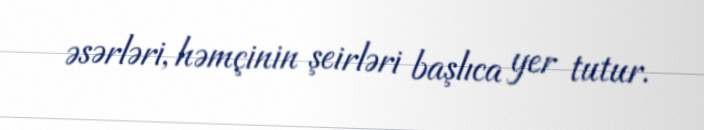
əsərləri, həmçinin şeirləri başlıca yer tutur.